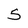
Character: 5